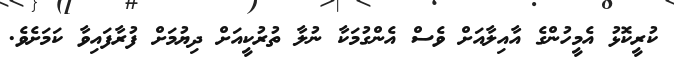
ކުރީކޮޅު އެމީހުންގެ އާއިލާއަށް ވެސް އެންގުމަކާ ނުލާ ތުރުކީއަށް ދިޔުމަށް ފުރާފައިވާ ކަމަށެވެ.